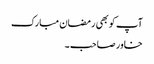
آپ کو بھی رمضان مبارک
خاور صاحب ۔